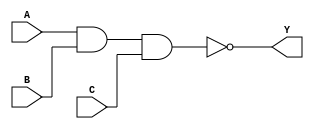
module NAND3 (
	input A, B, C,
	output Y
);
	assign Y = !(A & B & C);
endmodule